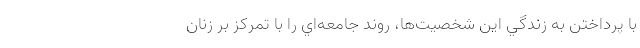
با پرداختن به زندگي اين شخصيت‌ها، روند جامعه‌اي را با تمركز بر زنان